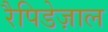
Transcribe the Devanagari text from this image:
रैपिडेज़ाल